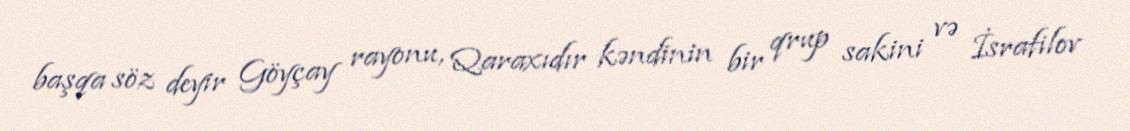
başqa söz deyir Göyçay rayonu, Qaraxıdır kəndinin bir qrup sakini və İsrafilov